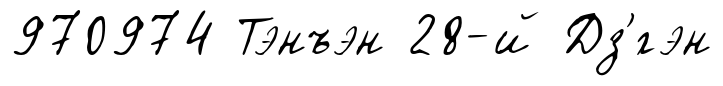
970974 Тэнъэн 28-й Дз'́гэн